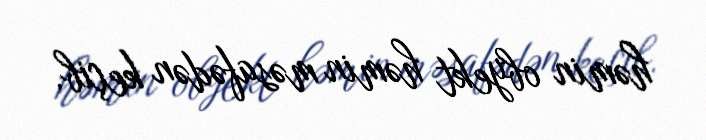
həmin obyekt həmin məsafədən keçib.